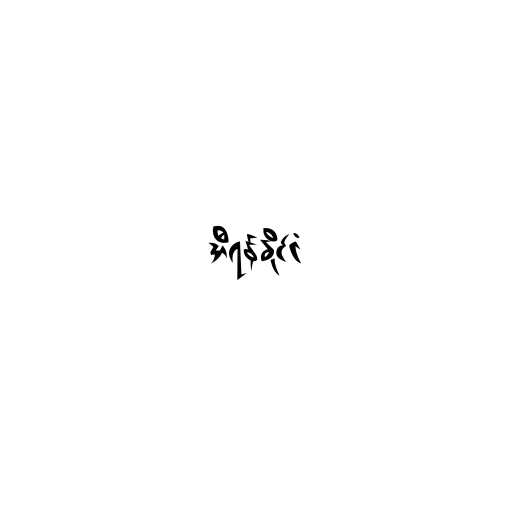
အီရန်နိုင်ငံ